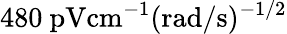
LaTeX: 480\ \mathrm{pV}\mathrm{cm}^{-1}(\mathrm{rad}/\mathrm{s})^{-1/2}